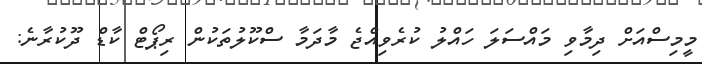
މީމިސްއަށް ދިމާވި މައްސަލަ ހައްލު ކުރެވިއްޖެ މާދަމާ ސްކޫލުތަކުން ރިޕޯޓް ކާޑް ދޫކުރާނެ: